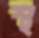
স্থ